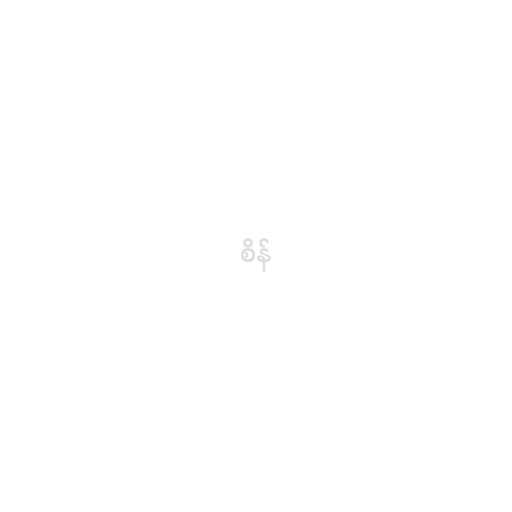
စိန်